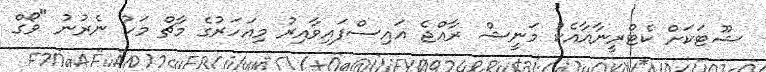
ޝޫޓަކަށް ކެޓްރީނާއާއެކު މަނީޝް ރާއްޖެ އައިސްފައިވާއިރު މިއަހަރުގެ މާޗް މަހު ނެރުނު "ވޯގް